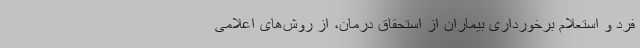
فرد و استعلام برخورداری بیماران از استحقاق درمان، از روش‌های اعلامی